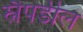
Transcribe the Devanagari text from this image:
स्नैपडील